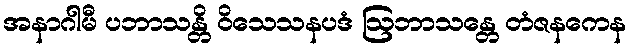
အနာဂါမီ ပဘာသန္တိ ဝိသေသနပဒံ ဩဘာသန္တေ တံဇနကေန